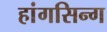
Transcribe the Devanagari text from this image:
हांगसिन्ग